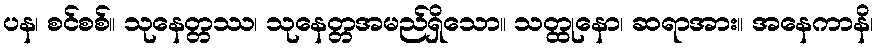
ပန၊ စင်စစ်။ သုနေတ္တဿ၊ သုနေတ္တအမည်ရှိသော။ သတ္ထုနော၊ ဆရာအား။ အနေကာနိ၊